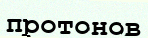
протонов